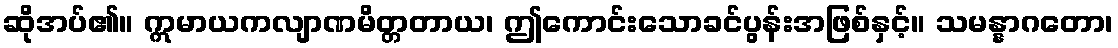
ဆိုအပ်၏။ ဣမာယကလျာဏမိတ္တတာယ၊ ဤကောင်းသောခင်ပွန်းအဖြစ်နှင့်။ သမန္နာဂတော၊